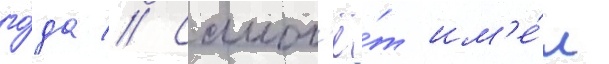
го́да // Самол'ё́т им'е́л